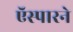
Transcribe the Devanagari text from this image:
ऍस्पारने